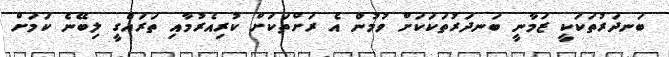
ބަނދަރުތަކަކީ ޒަމާނީ ބަނދަރުތަކަކަަށް ވުމުން އެ ރަށްތަކަށް ކުރިއެރުމާއި ތަރައްގީ ލިބޭނެ ކަމަށް